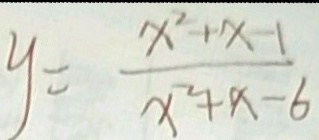
y = \frac { x ^ { 2 } + x - 1 } { x ^ { 2 } + x - 6 }